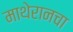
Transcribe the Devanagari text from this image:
माथेरानचा